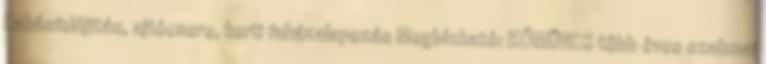
Lakásfelújítás, ajtócsere, kerti faházalapozás Megbízható: KŐMŰVES több éves szakmai